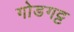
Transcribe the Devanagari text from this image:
गोडगट्ट